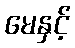
မေနှင့်